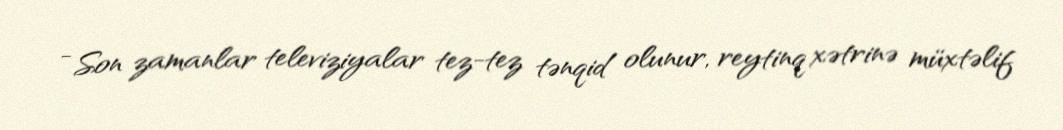
- Son zamanlar televiziyalar tez-tez tənqid olunur, reytinq xətrinə müxtəlif